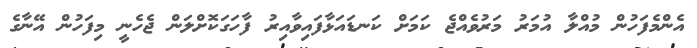
އެންމެފަހުން މުއްލާ އުމަރު މަރުވެއްޖެ ކަމަށް ކަނޑައަޅާފައިވާއިރު ފާހަގަކޮށްލަން ޖެހެނީ މިފަހުން އޭނާގެ